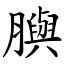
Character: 䑂